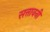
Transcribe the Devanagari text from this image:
सत्तावनी